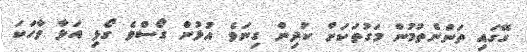
ގޭގައި ތަންނެތުމުން މަގުތަކަށް ކުދިން ގިނަވެ އުޅުން ގޯސްވެ ގޯޅި އަޅާ ވާހަކަ